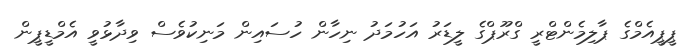
ޕީޕީއެމްގެ ޕާލިމެންޓްރީ ގްރޫޕްގެ ލީޑަރު އަހުމަދު ނިހާން ހުސައިން މަނިކުވެސް ވިދާޅުވީ އެމްޑީޕީން